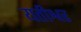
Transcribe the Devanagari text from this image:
यतीश्वर